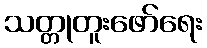
သတ္တုတူးဖော်ရေး